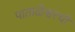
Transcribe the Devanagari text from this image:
पाताळेश्वरची